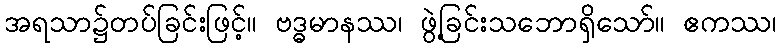
အရသာ၌တပ်ခြင်းဖြင့်။ ဗဒ္ဓမာနဿ၊ ဖွဲ့ခြင်းသဘောရှိသော်။ ဧကဿ၊